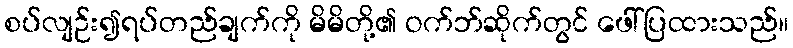
စပ်လျဉ်း၍ရပ်တည်ချက်ကို မိမိတို့၏ ဝက်ဘ်ဆိုက်တွင် ဖေါ်ပြထားသည်။